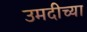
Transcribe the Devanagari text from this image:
उमदीच्या